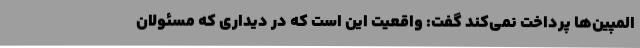
المپین‌ها پرداخت نمی‌کند گفت: واقعیت این است که در دیداری که مسئولان